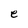
Character: e